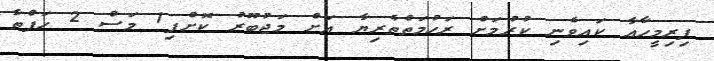
ފިރިމީހާއާ ކައިވެނި ކުރުމަށް ރަހުމަތްތެރިޔާ އަށް މަޖުބޫރު ކޮށްފި1 މަސް 2 ހަފްތާ